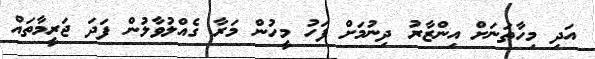
އަދި މިހާތަނަށް އިންޒާރު ދިނުމަށް ފަހު މީހުން މަރާ ގެއްލުވާލުން ފަދަ ޖަރީމާތައް